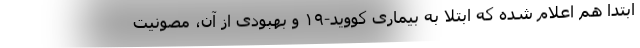
ابتدا هم اعلام شده که ابتلا به بیماری کووید-۱۹ و بهبودی از آن، مصونیت